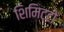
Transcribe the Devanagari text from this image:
शिमिट्टो